Document type: Community of property
Year: 1312
Scribe: Pere Amorós
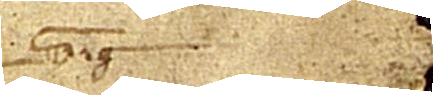
Sig[+num]